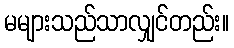
မများသည်သာလျှင်တည်း။